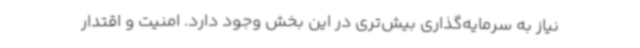
نیاز به سرمایه‌گذاری بیش‌تری در این بخش وجود دارد. امنیت و اقتدار